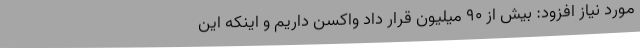
مورد نیاز افزود: بیش از ۹۰ میلیون قرار داد واکسن داریم و اینکه این